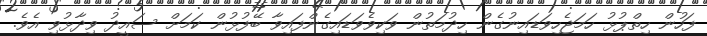
ފަހުން ހިތްޕުޅު ހަމަޖެހިވަޑައިނުގެން ހިދުމަތުން ވަކިވެވަޑައިގެންފައިވާ ބޭފުޅުން ކަމަށް ސައީދު ވިދާޅުވި އެވެ.